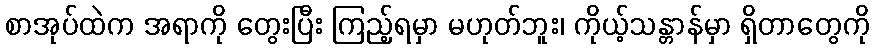
စာအုပ်ထဲက အရာကို တွေးပြီး ကြည့်ရမှာ မဟုတ်ဘူး၊ ကိုယ့်သန္တာန်မှာ ရှိတာတွေကို